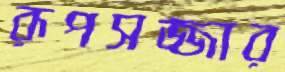
রূপসজ্জার